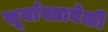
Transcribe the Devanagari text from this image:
सूर्यास्तावेळी